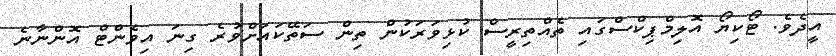
އީދެވެ. ޓޯކިޔޯ އޮލިމްޕިކްސްގައި ތެއްތިރީސް ކުޅިވަރަކުން ތިން ސަތޭކައަށްވުރެ ގިނަ އިވެންޓް އޮންނާނެ